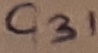
Text: C31